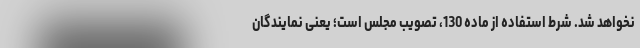
نخواهد شد. شرط استفاده از ماده 130، تصویب مجلس است؛ یعنی نمایندگان